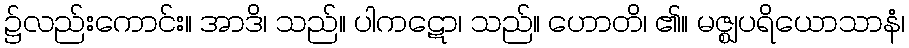
၌လည်းကောင်း။ အာဒိ၊ သည်။ ပါကဋော၊ သည်။ ဟောတိ၊ ၏။ မဇ္ဈပရိယောသာနံ၊